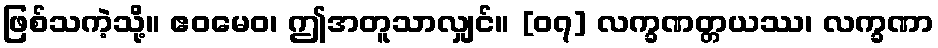
ဖြစ်သကဲ့သို့။ ဧဝမေဝ၊ ဤအတူသာလျှင်။ [၀၇] လက္ခဏတ္တယဿ၊ လက္ခဏာ